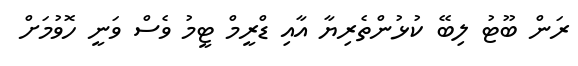
ރަން ބޫޓު ލިބޭ ކުޅުންތެރިޔާ އާއި ޑްރީމް ޓީމު ވެސް ވަނީ ހޮވުމަށް